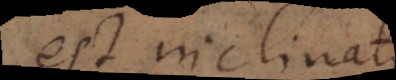
est inclinatus